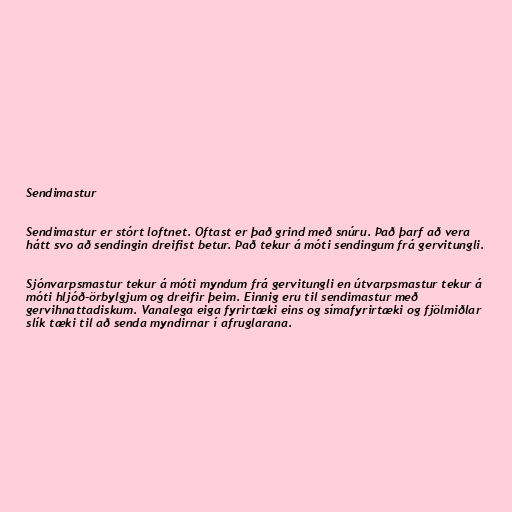
Sendimastur

Sendimastur er stórt loftnet. Oftast er það grind með snúru. Það þarf að vera
hátt svo að sendingin dreifist betur. Það tekur á móti sendingum frá gervitungli.

Sjónvarpsmastur tekur á móti myndum frá gervitungli en útvarpsmastur tekur á
móti hljóð-örbylgjum og dreifir þeim. Einnig eru til sendimastur með
gervihnattadiskum. Vanalega eiga fyrirtæki eins og símafyrirtæki og fjölmiðlar
slík tæki til að senda myndirnar í afruglarana.